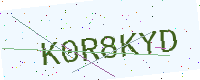
Text: K0R8KYD